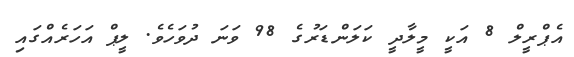
އެޕްރީލް 8 އަކީ މީލާދީ ކަލަންޑަރުގެ 98 ވަނަ ދުވަހެވެ. ލީޕް އަހަރެއްގައި